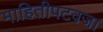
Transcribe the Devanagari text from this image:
माहितीपटवजा